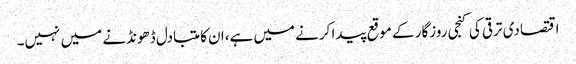
اقتصادی ترقی کی کنجی روزگار کے موقع پیدا کرنے میں ہے،ان کا متبادل ڈھونڈنے میں نہیں۔